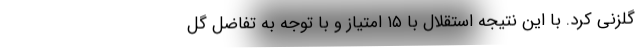
گلزنی کرد. با این نتیجه استقلال با ۱۵ امتیاز و با توجه به تفاضل گل